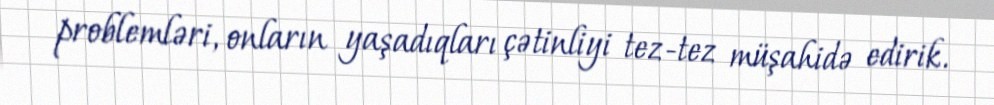
problemləri, onların yaşadıqları çətinliyi tez-tez müşahidə edirik.